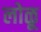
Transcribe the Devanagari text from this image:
लोळू